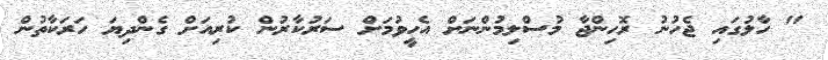
" ހާލުގައި ޖެހުނު ރޮހިންޖާ މުސްލިމުންނަށް އެހީވުމަށް ސަރުކާރުން ކުރިއަށް ގެންދިޔަ ހަރަކާތުން